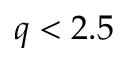
q < 2 . 5